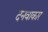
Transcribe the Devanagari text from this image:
दनवाकार